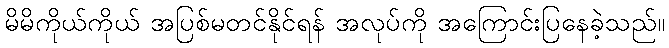
မိမိကိုယ်ကိုယ် အပြစ်မတင်နိုင်ရန် အလုပ်ကို အကြောင်းပြနေခဲ့သည်။